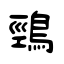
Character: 鵛